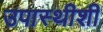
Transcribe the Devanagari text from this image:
उपास्थीशी